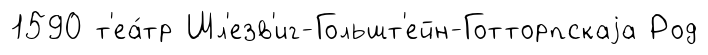
1590 т'еа́тр Шл'езв'иг-Гольшт'ейн-Готторпскаjа Род